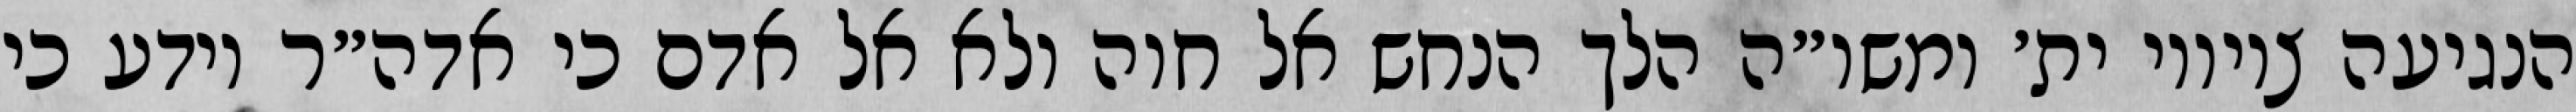
הנגיעה ציוויו ית׳ ומשו״ה הלך הנחש אל חוה ולא אל אדם כי אדה״ר יודע כי